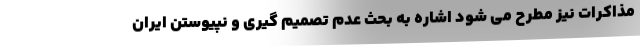
مذاکرات نیز مطرح می شود اشاره به بحث عدم تصمیم گیری و نپیوستن ایران